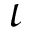
\iota